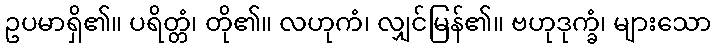
ဥပမာရှိ၏။ ပရိတ္တံ၊ တို၏။ လဟုကံ၊ လျှင်မြန်၏။ ဗဟုဒုက္ခံ၊ များသော